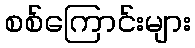
စစ်ကြောင်းများ